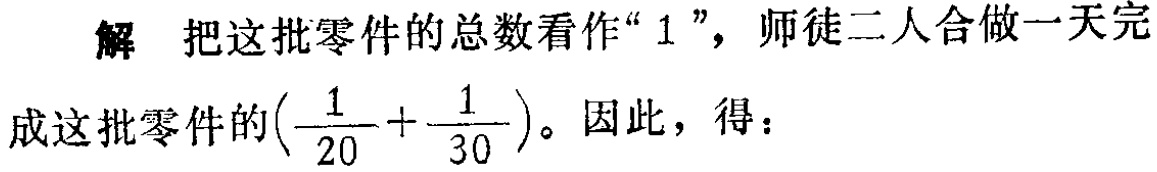
解 把这批零件的总数看作“$1$”，师徒二人合做一天完成这批零件的$\left(\dfrac{1}{20}+\dfrac{1}{30}\right)$。因此，得：